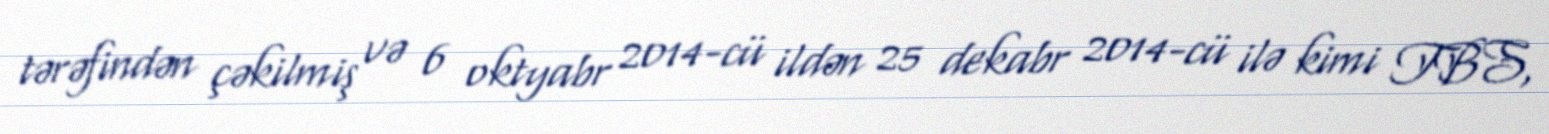
tərəfindən çəkilmiş və 6 oktyabr 2014-cü ildən 25 dekabr 2014-cü ilə kimi TBS,